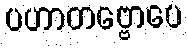
ပဟာတဗ္ဗောပေ